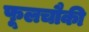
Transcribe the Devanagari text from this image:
फूलचौकी